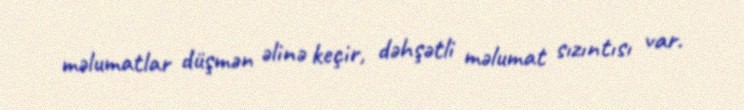
məlumatlar düşmən əlinə keçir, dəhşətli məlumat sızıntısı var.